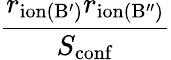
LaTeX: \frac{r_{\mathrm{ion(B^{\prime})}}r_{\mathrm{ion(B^{\prime\prime})}}}{S_{\mathrm{conf}}}